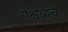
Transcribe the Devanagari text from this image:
ऐश्वर्याचे